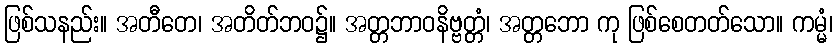
ဖြစ်သနည်း။ အတီတေ၊ အတိတ်ဘဝ၌။ အတ္တဘာဝနိဗ္ဗတ္တံ၊ အတ္တဘော ကု ဖြစ်စေတတ်သော။ ကမ္မံ၊